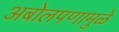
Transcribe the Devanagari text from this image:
अबोलपणामुळे